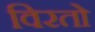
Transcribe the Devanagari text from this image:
विरतो